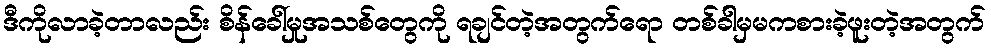
ဒီကိုလာခဲ့တာလည်း စိန်ခေါ်မှုအသစ်တွေကို ရချင်တဲ့အတွက်ရော တစ်ခါမှမကစားခဲ့ဖူးတဲ့အတွက်